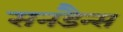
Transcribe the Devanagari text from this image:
सनडैन्स